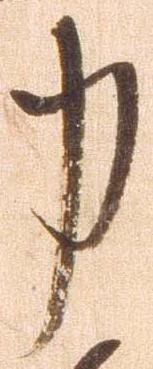
力